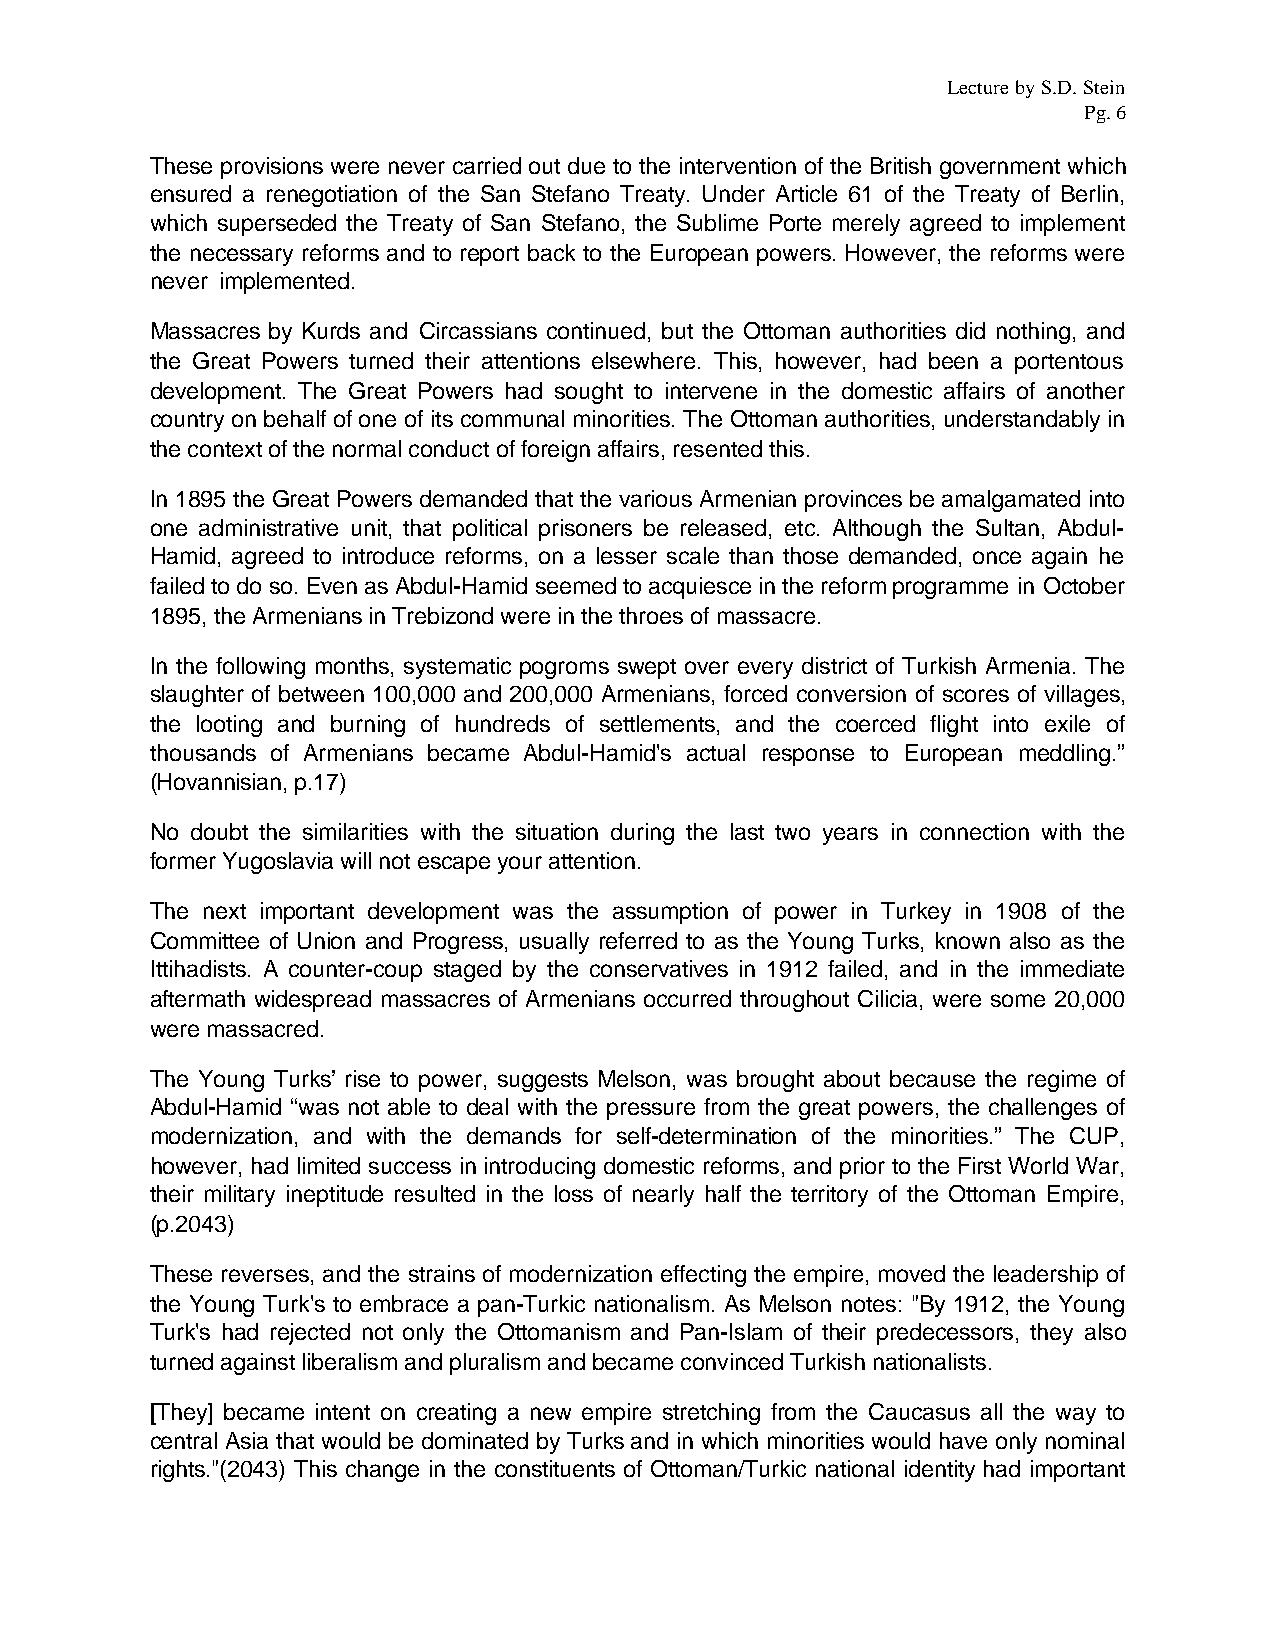
Lecture by S.D. Stein
 Pg. 6
 These provisions were never carried out due to the intervention of the British government which
 ensured a renegotiation of the San Stefano Treaty. Under Article 61 of the Treaty of Berlin,
 which superseded the Treaty of San Stefano, the Sublime Porte merely agreed to implement
 the necessary reforms and to report back to the European powers. However, the reforms were
 never implemented.
 Massacres by Kurds and Circassians continued, but the Ottoman authorities did nothing, and
 the Great Powers turned their attentions elsewhere. This, however, had been a portentous
 development. The Great Powers had sought to intervene in the domestic affairs of another
 country on behalf of one of its communal minorities. The Ottoman authorities, understandably in
 the context of the normal conduct of foreign affairs, resented this.
 In 1895 the Great Powers demanded that the various Armenian provinces be amalgamated into
 one administrative unit, that political prisoners be released, etc. Although the Sultan, Abdul-
 Hamid, agreed to introduce reforms, on a lesser scale than those demanded, once again he
 failed to do so. Even as Abdul-Hamid seemed to acquiesce in the reform programme in October
 1895, the Armenians in Trebizond were in the throes of massacre.
 In the following months, systematic pogroms swept over every district of Turkish Armenia. The
 slaughter of between 100,000 and 200,000 Armenians, forced conversion of scores of villages,
 the looting and burning of hundreds of settlements, and the coerced flight into exile of
 thousands of Armenians became Abdul-Hamid's actual response to European meddling.”
 (Hovannisian, p.17)
 No doubt the similarities with the situation during the last two years in connection with the
 former Yugoslavia will not escape your attention.
 The next important development was the assumption of power in Turkey in 1908 of the
 Committee of Union and Progress, usually referred to as the Young Turks, known also as the
 Ittihadists. A counter-coup staged by the conservatives in 1912 failed, and in the immediate
 aftermath widespread massacres of Armenians occurred throughout Cilicia, were some 20,000
 were massacred.
 The Young Turks’ rise to power, suggests Melson, was brought about because the regime of
 Abdul-Hamid “was not able to deal with the pressure from the great powers, the challenges of
 modernization, and with the demands for self-determination of the minorities.” The CUP,
 however, had limited success in introducing domestic reforms, and prior to the First World War,
 their military ineptitude resulted in the loss of nearly half the territory of the Ottoman Empire,
 (p.2043)
 These reverses, and the strains of modernization effecting the empire, moved the leadership of
 the Young Turk's to embrace a pan-Turkic nationalism. As Melson notes: "By 1912, the Young
 Turk's had rejected not only the Ottomanism and Pan-Islam of their predecessors, they also
 turned against liberalism and pluralism and became convinced Turkish nationalists.
 [They] became intent on creating a new empire stretching from the Caucasus all the way to
 central Asia that would be dominated by Turks and in which minorities would have only nominal
 rights."(2043) This change in the constituents of Ottoman/Turkic national identity had important